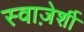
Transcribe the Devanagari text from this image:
स्वाज़ेर्शी